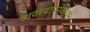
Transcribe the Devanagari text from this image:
व्यवस्थापनकार्यात